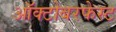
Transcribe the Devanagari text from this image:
ऑक्टोबरफेस्ट